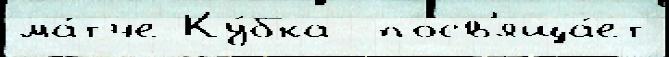
ма́тче Ку́бка  посв'яща́ет